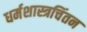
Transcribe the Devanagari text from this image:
धर्मशास्त्रचिंतन